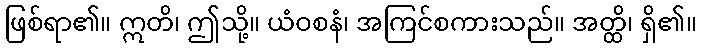
ဖြစ်ရာ၏။ ဣတိ၊ ဤသို့။ ယံဝစနံ၊ အကြင်စကားသည်။ အတ္ထိ၊ ရှိ၏။